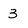
Character: 3